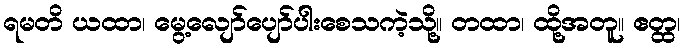
ရမတိ ယထာ၊ မွေ့လျော်ပျော်ပါးစေသကဲ့သို့။ တထာ၊ ထို့အတူ။ ဧတ္ထ၊